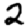
Digit: 2